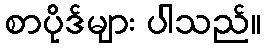
စာပိုဒ်များ ပါသည်။